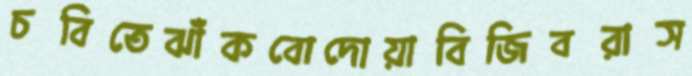
চবিতেঝাঁকবোদোয়াবিজিবরাস